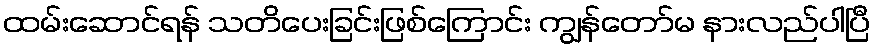
ထမ်းဆောင်ရန် သတိပေးခြင်းဖြစ်ကြောင်း ကျွန်တော်မ နားလည်ပါပြီ